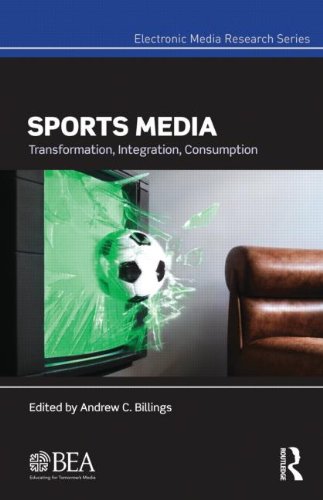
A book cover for Sports Media: Transformation, Integration, Consumption (Electronic Media Research Series); Sports & Outdoors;